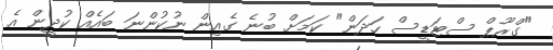
"ގްރޫޕް ސްޓަޑީސް ހަދަން" ކަމަށް ބުނެ ގެއިން ނުކުންނަ ބައެއް ކުދީން އެ